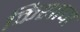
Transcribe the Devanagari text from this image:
किशाचा